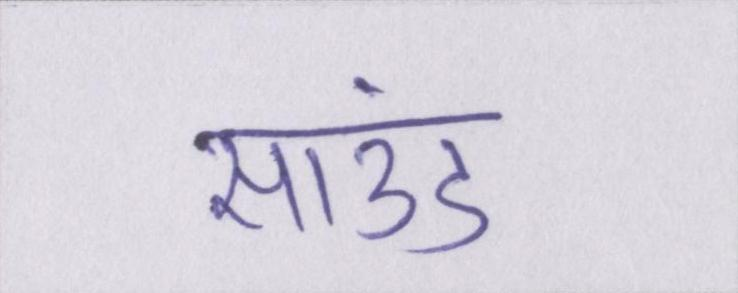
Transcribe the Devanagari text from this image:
साउंड